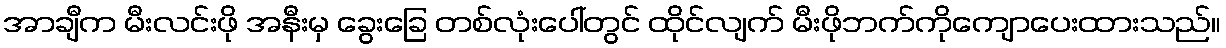
အာချီက မီးလင်းဖို အနီးမှ ခွေးခြေ တစ်လုံးပေါ်တွင် ထိုင်လျက် မီးဖိုဘက်ကိုကျောပေးထားသည်။